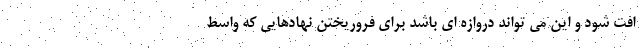
افت شود و این می تواند دروازه ای باشد برای فروریختن نهادهایی که واسط